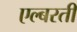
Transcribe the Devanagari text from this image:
एल्बरती